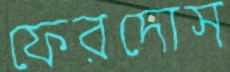
ফেরদোস